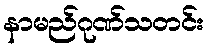
နာမည်ဂုဏ်သတင်း